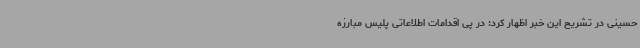
حسینی در تشریح این خبر اظهار کرد: در پی اقدامات اطلاعاتی پلیس مبارزه